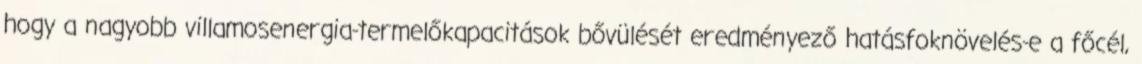
hogy a nagyobb villamosenergia-termelőkapacitások bővülését eredményező hatásfoknövelés-e a főcél,